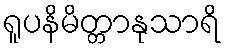
ရူပနိမိတ္တာနုသာရိ